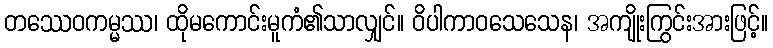
တဿေဝကမ္မဿ၊ ထိုမကောင်းမူကံ၏သာလျှင်။ ဝိပါကာဝသေသေန၊ အကျိုးကြွင်းအားဖြင့်။